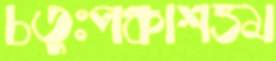
চতুঃপঞ্চাশত্তম